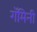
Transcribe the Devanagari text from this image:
गॅमिनी